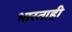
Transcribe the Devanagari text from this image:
भारताही